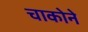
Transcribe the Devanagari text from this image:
चाकोने